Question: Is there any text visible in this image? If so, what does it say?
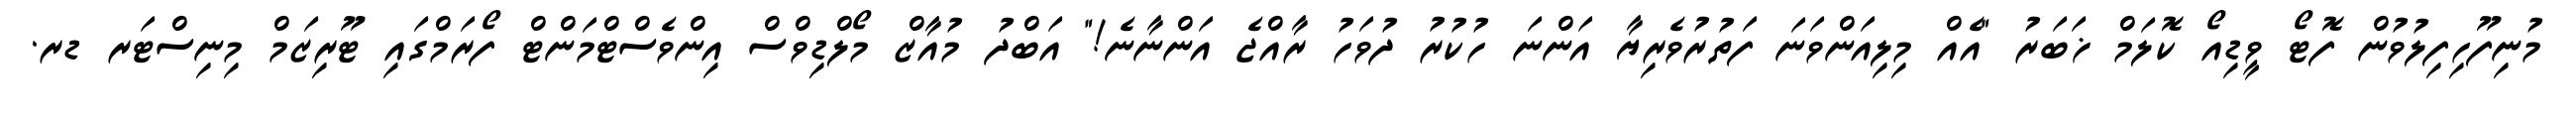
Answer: މުނިފޫހިފިލުވުން ފޮޓޯ ވީޑިއޯ ކޮލަމް ޚަބަރު "އެއް މިލިއަންވަނަ ފަތުރުވެރިޔާ އަންނަ ހުކުރު ދުވަހު ރާއްޖެ އަންނާނެ!" އަބްދު މުއާޒް މޯލްޑިވްސް އިންވެސްޓްމަންޓް ފޯރަމްގައި ޓޫރިޒަމް މިނިސްޓަރ ޑރ.